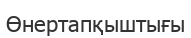
Өнертапқыштығы